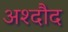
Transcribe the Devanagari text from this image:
अश्दौद